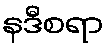
နဒီစရာ